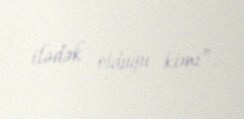
ilədək olduğu kimi”.